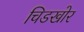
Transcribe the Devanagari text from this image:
चिडखोर